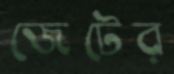
জেটের